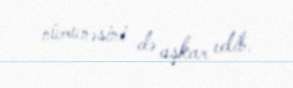
nümunəsini də aşkar edib.